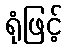
ရုံဖြင့်